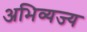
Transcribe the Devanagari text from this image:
अभिव्यज्य